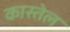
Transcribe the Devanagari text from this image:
कास्तेल